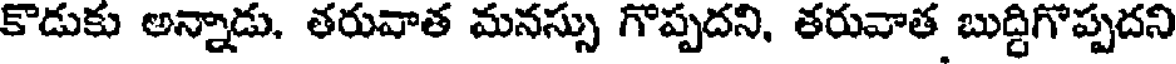
కొడుకు అన్నాడు, తరువాత మనస్సు గొప్పదని, తరువాత బుద్దిగొప్పదని